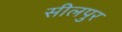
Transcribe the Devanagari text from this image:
सीलपुर